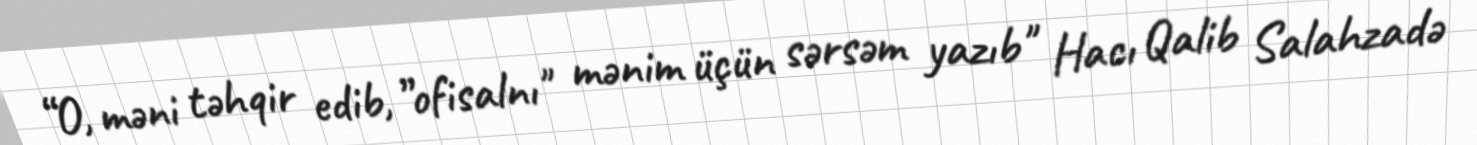
“O, məni təhqir edib, ”ofisalnı" mənim üçün sərsəm yazıb" Hacı Qalib Salahzadə